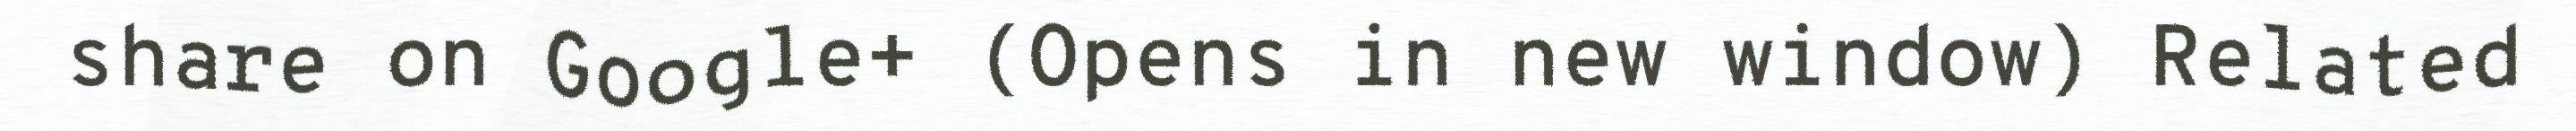
share on Google+ (Opens in new window) Related